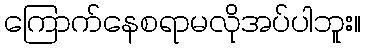
ကြောက်နေစရာမလိုအပ်ပါဘူး။